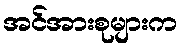
အင်အားစုများက